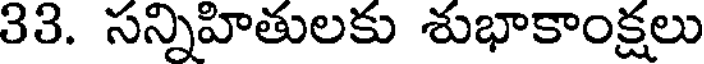
33. సన్నిహితులకు శుభాకాంక్షలు